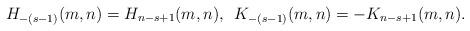
LaTeX: \begin{align*}H_{-(s-1)}(m,n)=H_{n-s+1}(m,n), \enskip K_{-(s-1)}(m,n)=-K_{n-s+1}(m,n).\end{align*}